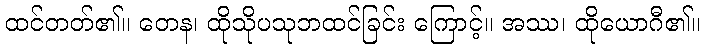
ထင်တတ်၏။ တေန၊ ထိုသိုပသုဘထင်ခြင်း ကြောင့်။ အဿ၊ ထိုယောဂီ၏။